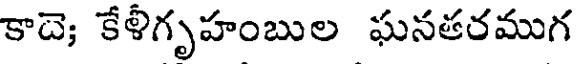
కాదె; కేళీగృహంబుల ఘనతరముగ